Report of an investigation of the epidemic of malarial fever in Assam, or, kala-azar
Disease focus: Malaria
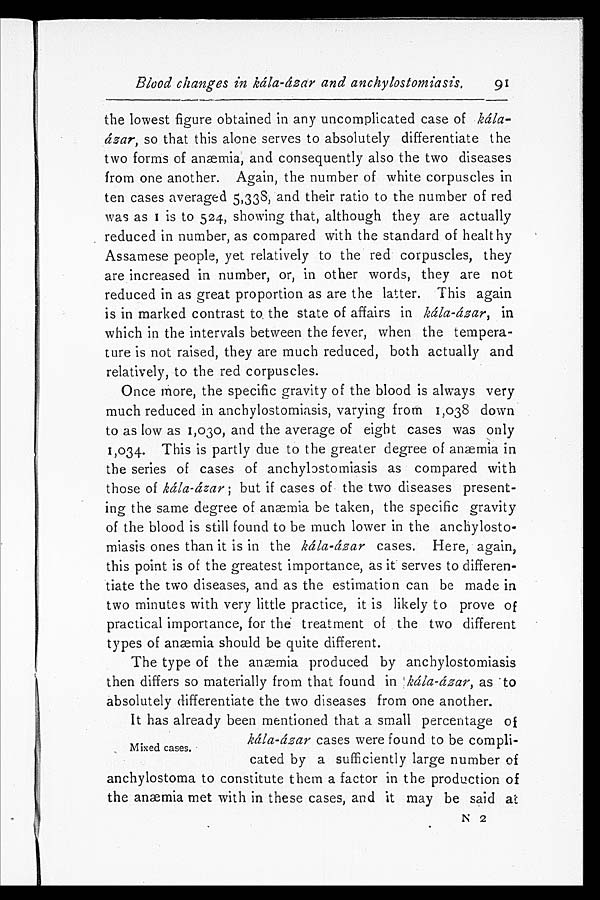
Blood changes in kála-ázar and anchylostomiasis.
91
the lowest figure obtained in any uncomplicated case of kála
-ázar, so that this alone serves to absolutely differentiate the
two forms of anæmia, and consequently also the two diseases
from one another. Again, the number of white corpuscles in
ten cases averaged 5,333, and their ratio to the number of red
w a s a s 1 i s t o 5 2 4 , s h o w i n g t h a t , a l t h o u g h t h e y a r e a c t u a l l y
reduced in number, as compared with the standard of healthy
Assamese people, yet relatively to the red corpuscles, they
are increased in number, or, in other words, they are not
reduced in as great proportion as are the latter. This again
is in marked contrast to the state of affairs in kála-ázar, in
which in the intervals between the fever, when the tempera
-ture is not raised, they are much reduced, both actually and
relatively, to the red corpuscles.
Once more, the specific gravity of the blood is always very
much reduced in anchylostomiasis, varying from 1,038 down
to as low as 1,030, and the average of eight cases was only
1,034. This is partly due to the greater degree of anæmia in
the series of cases of anchylostomiasis as compared with
those of kála-ázar; but if cases of the two diseases present
- i n g t h e s a m e d e g r e e o f a n æ m i a b e t a k e n , t h e s p e c i f i c g r a v i t y
of the blood is still found to be much lower in the anchylosto
-miasis ones than it is in the kála-ázar cases. Here, again,
this point is of the greatest importance, as it serves to differen
-tiate the two diseases, and as the estimation can be made in
two minutes with very little practice, it is likely to prove of
practical importance, for the treatment of the two different
types of anæmia should be quite different.
The type of the anæmia produced by anchylostomiasis
then differs so materially from that found in kála-ázar, as to
absolutely differentiate the two diseases from one another.
It has already been mentioned that a small percentage of
kála-ázar cases were found to be compli-
cated by a sufficiently large number of
anchylostoma to constitute them a factor in the production of
the anæmia met with in these cases, and it may be said at
N 2
Mixed cases.